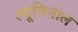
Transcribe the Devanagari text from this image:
ल्यूमिनाल